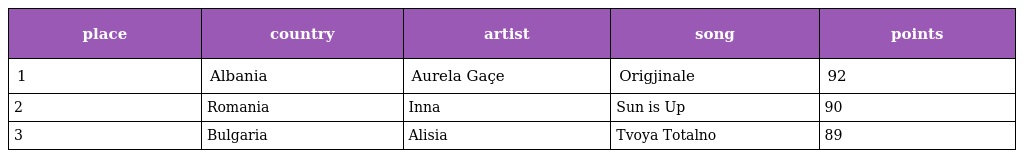
| place | country | artist | song | points |
 | --- | --- | --- | --- | --- |
 | 1 | Albania | Aurela Gaçe | Origjinale | 92 |
 | 2 | Romania | Inna | Sun is Up | 90 |
 | 3 | Bulgaria | Alisia | Tvoya Totalno | 89 |